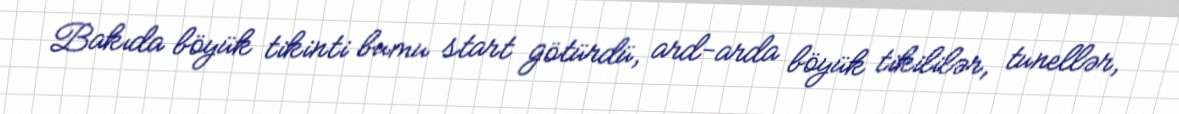
Bakıda böyük tikinti bumu start götürdü, ard-arda böyük tikililər, tunellər,